Civil Veterinary Department. Madras. Admin. report 1926-33 - 1926-1933
Year: 1926
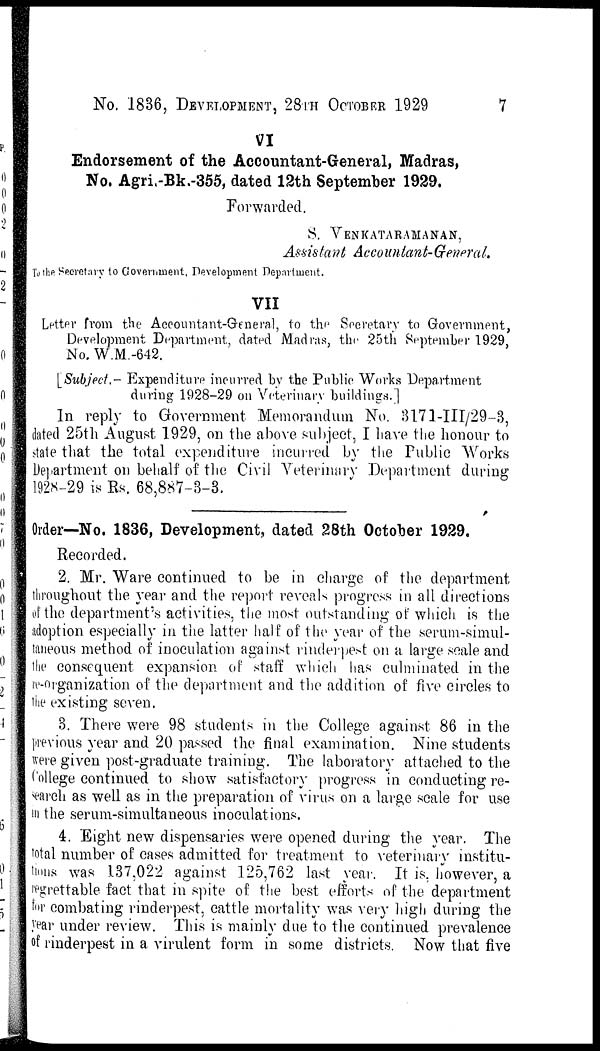
No. 1836, DEVELOPMENT, 28TH OCTOBER. 1929
7
VI
Endorsement of the Accountant-General, Madras,
No. Agri.-Bk.-355, dated 12th September 1929.
Forwarded.
S. VENKATARAMANAN,
Assistant Accountant-General.
To the Secretary to Government, Development Department.
VII
Letter from the Accountant-General, to the Secretary to Government,
Development Department, dated Madras, the 25th September 1929,
No.W.M.-642.
[Subject.- Expenditure incurred by the Public Works Department
during 1928-29 on Veterinary buildings.]
In reply to Government Memorandum No. 3171-III/29-3,
dated 25th August 1929, on the above subject, I have the honour to
state that the total expenditure incurred by the Public Works
Department on behalf of the Civil Veterinary Department during
1928-29 is Rs. 68,887-3-3.
Order—No. 1836, Development, dated 28th October 1929.
Recorded.
2. Mr. Ware continued to be in charge of the department
throughout the year and the report reveals progress in all directions
of the department's activities, the most outstanding of which is the
adoption especially in the latter half of the year of the serum-simul-
taneous method of inoculation against rinderpest on a large scale and
the consequent expansion of staff which has culminated in the
re-organization of the department and the addition of five circles to
the existing seven.
3. There were 98 students in the College against 86 in the
previous year and 20 passed the final examination. Nine students
were given post-graduate training. The laboratory attached to the
College continued to show satisfactory progress in conducting re-
search as well as in the preparation of virus on a large scale for use
i n the serum-simultaneous inoculations.
4. Eight new dispensaries were opened during the year. The
total number of cases admitted for treatment to veterinary institu-
tions was 137,022 against 125,762 last year. It is. however, a
regrettable fact that in spite of the best efforts of the department
for combating rinderpest, cattle mortality was very high during the
year under review. This is mainly due to the continued prevalence
of rinderpest in a virulent form in some districts. Now that five